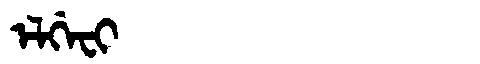
Manchu: ᡝᠯᡤᡝᠸᡳ
Romanization: ELGEFI